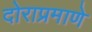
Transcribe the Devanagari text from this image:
दोराप्रमाणे